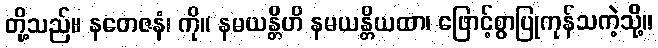
တို့သည်။ နတေဇနံ၊ ကို။ နမယန္တိဟိ နမယန္တိယထာ၊ ဖြောင့်စွာပြုကုန်သကဲ့သို့။